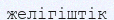
желігіштік